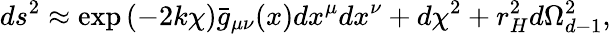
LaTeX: ds^{2}\approx\exp\left(-2k\chi\right)\bar{g}_{\mu\nu}(x)dx^{\mu}dx^{\nu}+d\chi^{2}+r_{H}^{2}d\Omega_{d-1}^{2},